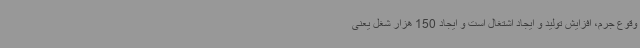
وقوع جرم، افزایش تولید و ایجاد اشتغال است و ایجاد 150 هزار شغل یعنی